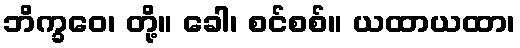
ဘိက္ခဝေ၊ တို့။ ခေါ၊ စင်စစ်။ ယထာယထာ၊